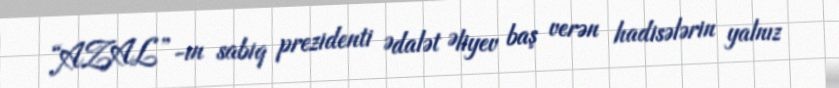
“AZAL”-ın sabiq prezidenti Ədalət Əliyev baş verən hadisələrin yalnız